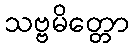
သဗ္ဗမိတ္တော